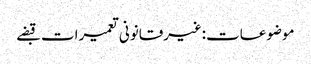
موضوعات:غیرقانونی تعمیرات قبضے